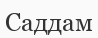
Саддам